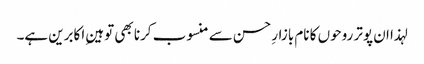
لہذا ان پوتر روحوں کا نام بازارِ حسن سے منسوب کرنا بھی توہینِ اکابرین ہے۔